NAE_ERA_R-1765_ENSV_Kirjanike_Liit_1945-1955, lk 21
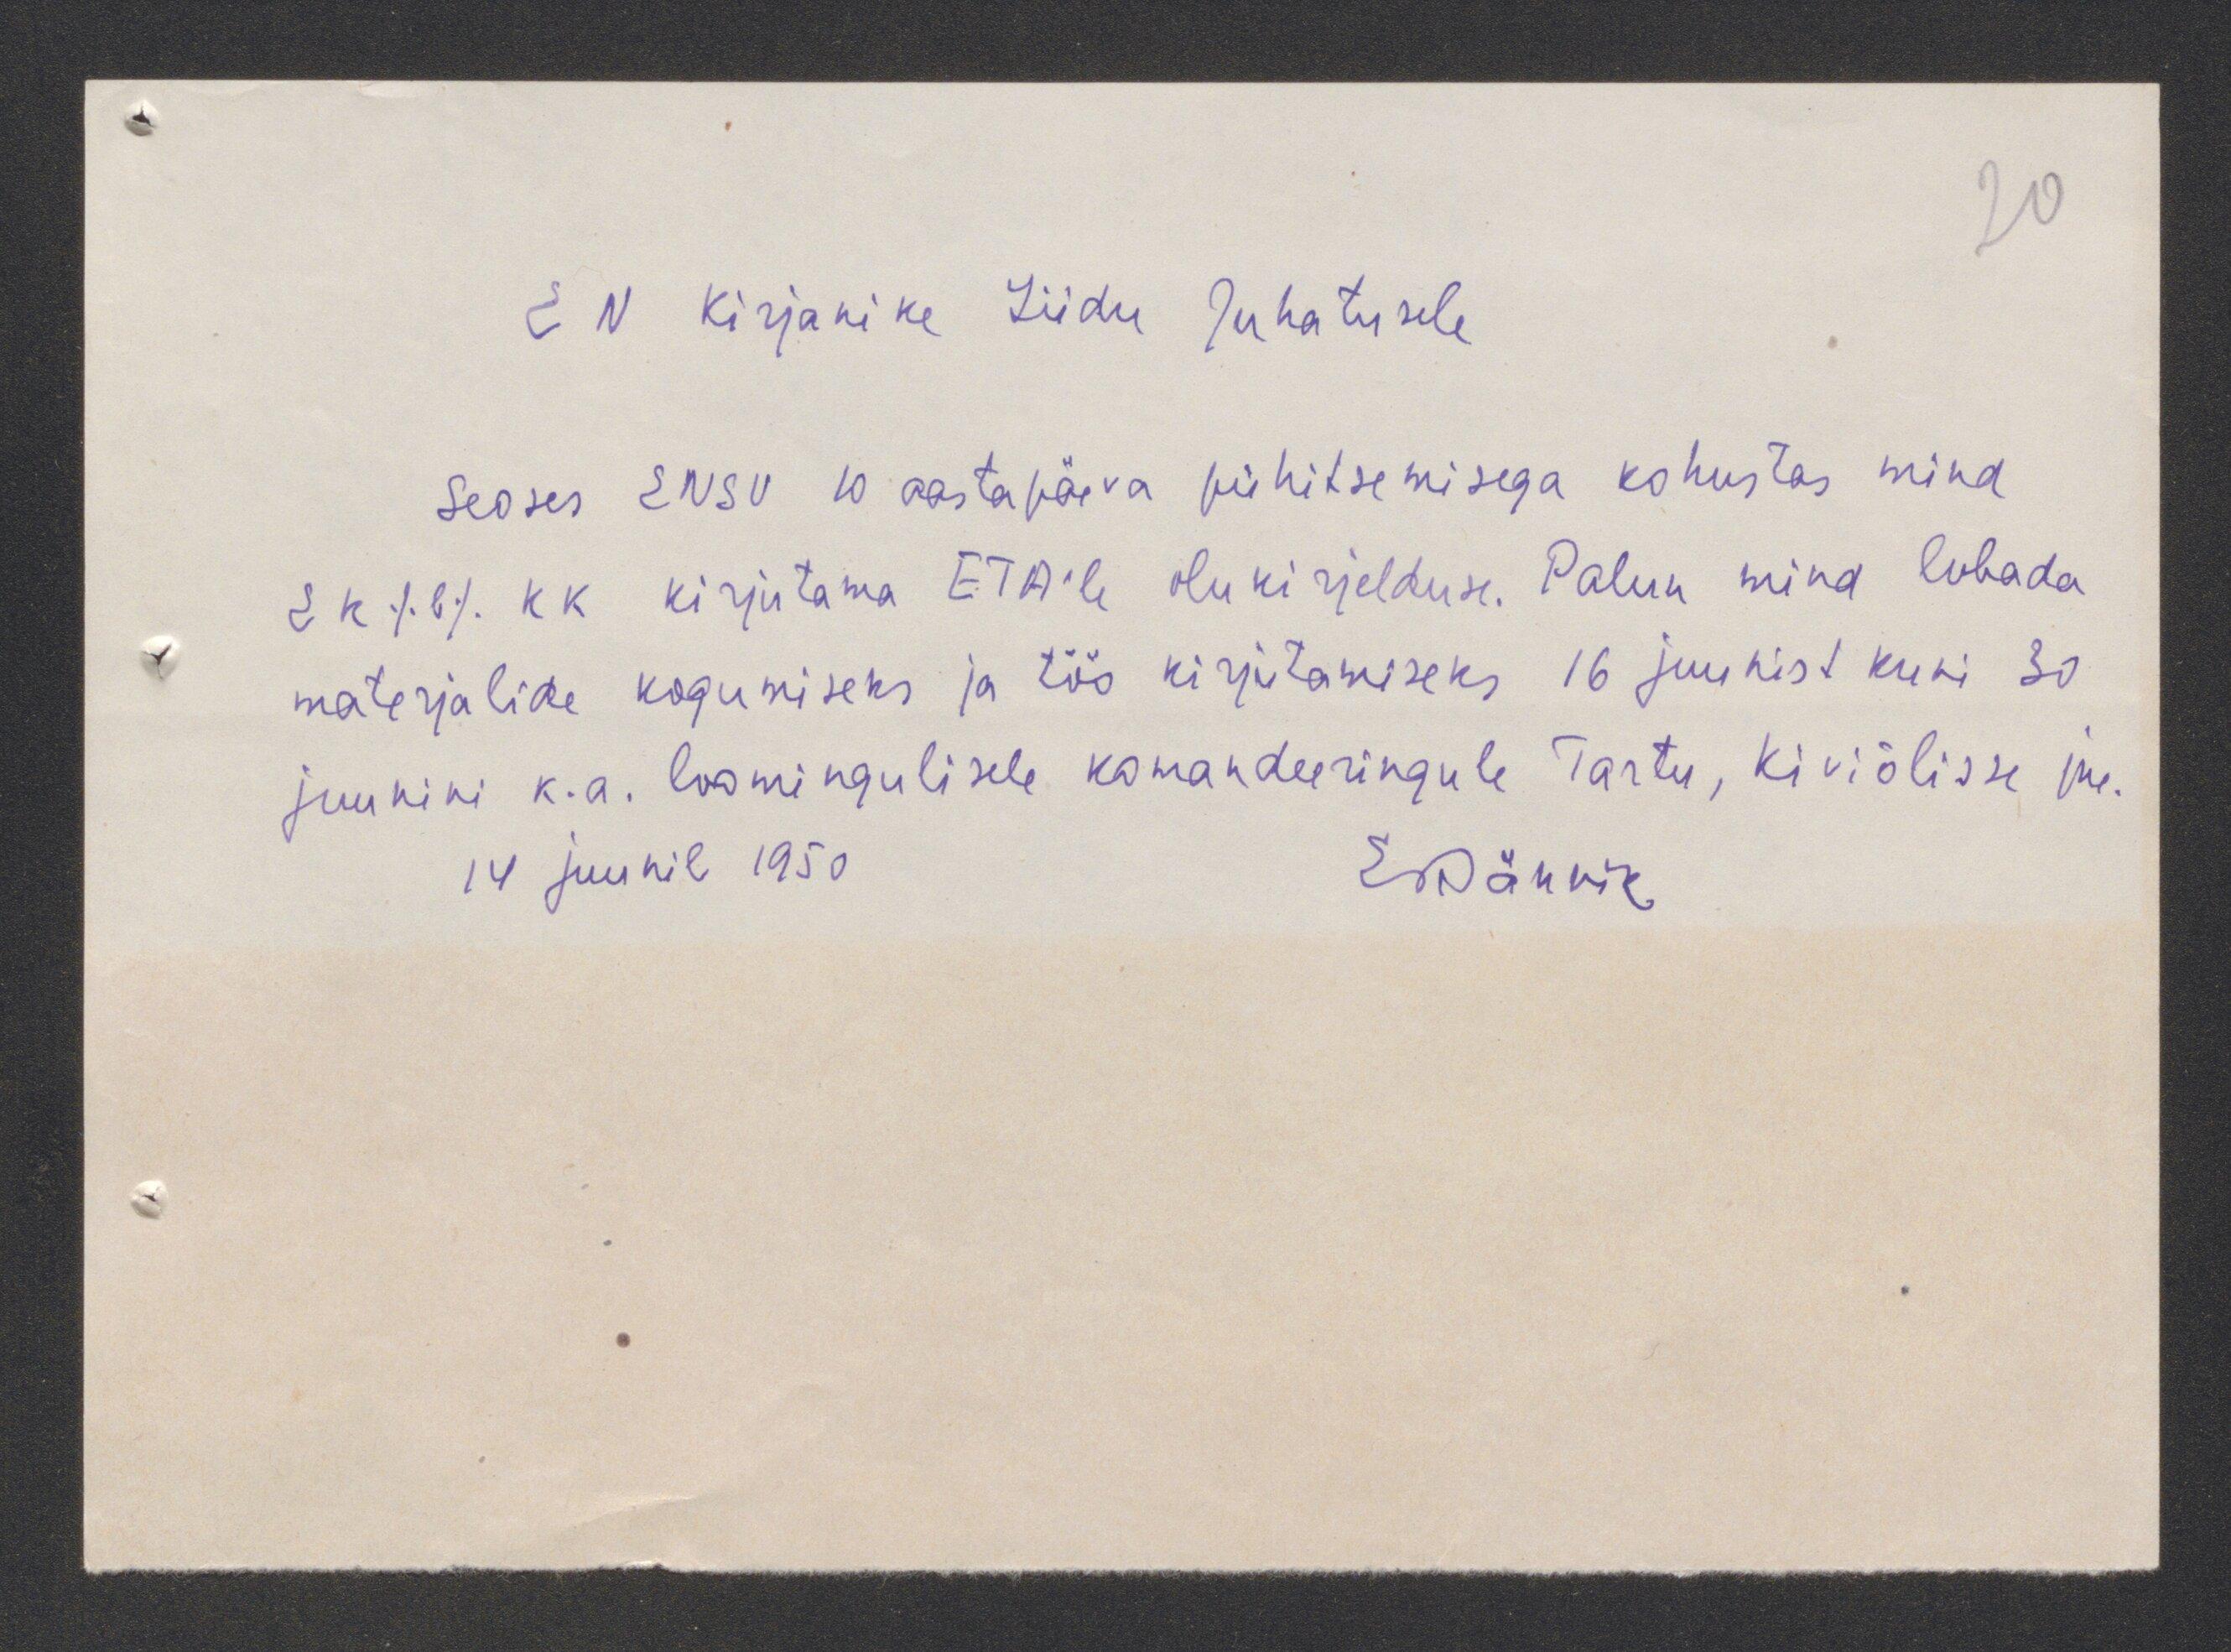
20
E N Kirjanike Liidu Juhatusele
Seoses ENSV 10 aastapäeva pühitsemisega kohustas mind
EK/b/ KK kirjutama ETA'ile olukirjelduse. Palun mind lubada
materjalide kogumiseks ja töö kirjutamiseks 16 juunist kuni 30
juunini k.a. loomingulisele komandeeringule Tartu, Kiviõlisse jne.
14 juunil 1950